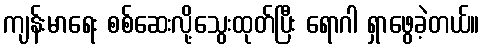
ကျန်းမာရေး စစ်ဆေးလို့သွေးထုတ်ပြီး ရောဂါ ရှာဖွေခဲ့တယ်။